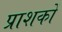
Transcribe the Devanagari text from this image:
प्राशकों